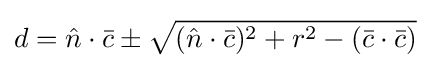
d={\hat {n}}\cdot {\bar {c}}\pm {\sqrt {({\hat {n}}\cdot {\bar {c}})^{2}+r^{2}-({\bar {c}}\cdot {\bar {c}})}}